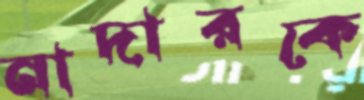
নাদারকে